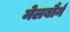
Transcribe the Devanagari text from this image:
मेलबौर्न